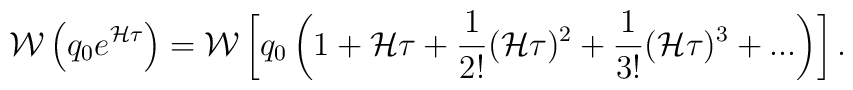
{\cal W}\left(q_0 e^{{\cal H}\tau}\right)={\cal W}\left[ q_0\left( 1+{{\cal H}\tau}+{1\over 2!}({\cal H}\tau)^2+{1\over 3!}({\cal H}\tau)^3+...\right)\right].